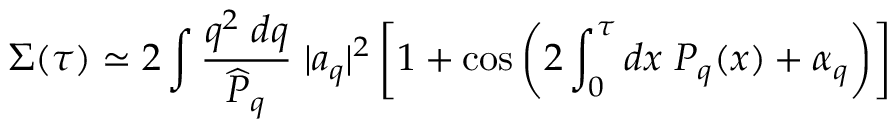
\Sigma ( \tau ) \simeq 2 \int { \frac { q ^ { 2 } \; d q } { \widehat { \cal P } _ { q } } } \; | a _ { q } | ^ { 2 } \left[ 1 + \cos \left( 2 \int _ { 0 } ^ { \tau } d x \; { \cal P } _ { q } ( x ) + \alpha _ { q } \right) \right]